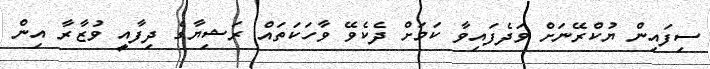
ސިފައިން ޔުކްރޭނަށް ވަދެފައިވާ ކަމަށް ދެކެވޭ ވާހަކަތައް ރަޝިޔާގެ ދިފާއީ ވުޒާރާ އިން